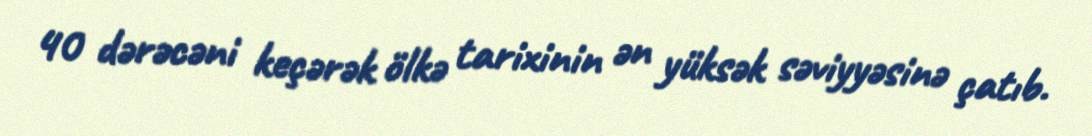
40 dərəcəni keçərək ölkə tarixinin ən yüksək səviyyəsinə çatıb.